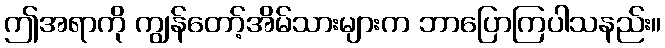
ဤအရာကို ကျွန်တော့်အိမ်သားများက ဘာပြောကြပါသနည်း။